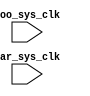
/* Machine-generated using Migen */
module top(
	input foo_sys_clk,
	input bar_sys_clk
);

reg foo_start_i = 1'd0;
reg [4:0] foo_dividend_i = 5'd0;
reg [4:0] foo_divisor_i = 5'd0;
wire foo_ready_o;
wire [4:0] foo_quotient_o;
wire [4:0] foo_remainder_o;
reg [9:0] foo_qr = 10'd0;
reg [2:0] foo_counter = 3'd0;
reg [4:0] foo_divisor_r = 5'd0;
wire [5:0] foo_diff;
reg bar_start_i = 1'd0;
reg [4:0] bar_dividend_i = 5'd0;
reg [4:0] bar_divisor_i = 5'd0;
wire bar_ready_o;
wire [4:0] bar_quotient_o;
wire [4:0] bar_remainder_o;
reg [9:0] bar_qr = 10'd0;
reg [2:0] bar_counter = 3'd0;
reg [4:0] bar_divisor_r = 5'd0;
wire [5:0] bar_diff;

// synthesis translate_off
reg dummy_s;
initial dummy_s <= 1'd0;
// synthesis translate_on

assign foo_quotient_o = foo_qr[4:0];
assign foo_remainder_o = foo_qr[9:5];
assign foo_ready_o = (foo_counter == 1'd0);
assign foo_diff = (foo_qr[9:4] - foo_divisor_r);
assign bar_quotient_o = bar_qr[4:0];
assign bar_remainder_o = bar_qr[9:5];
assign bar_ready_o = (bar_counter == 1'd0);
assign bar_diff = (bar_qr[9:4] - bar_divisor_r);

always @(posedge bar_sys_clk) begin
	if (bar_start_i) begin
		bar_counter <= 3'd5;
		bar_qr <= bar_dividend_i;
		bar_divisor_r <= bar_divisor_i;
	end else begin
		if ((~bar_ready_o)) begin
			if (bar_diff[5]) begin
				bar_qr <= {bar_qr[8:0], 1'd0};
			end else begin
				bar_qr <= {bar_diff[4:0], bar_qr[3:0], 1'd1};
			end
			bar_counter <= (bar_counter - 1'd1);
		end
	end
end

always @(posedge foo_sys_clk) begin
	if (foo_start_i) begin
		foo_counter <= 3'd5;
		foo_qr <= foo_dividend_i;
		foo_divisor_r <= foo_divisor_i;
	end else begin
		if ((~foo_ready_o)) begin
			if (foo_diff[5]) begin
				foo_qr <= {foo_qr[8:0], 1'd0};
			end else begin
				foo_qr <= {foo_diff[4:0], foo_qr[3:0], 1'd1};
			end
			foo_counter <= (foo_counter - 1'd1);
		end
	end
end

endmodule